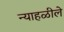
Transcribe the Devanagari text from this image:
न्याहळीले